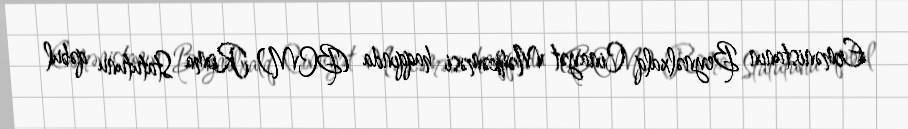
Ermənistanın Beynəlxalq Cinayət Məhkəməsi haqqında (BCM) Roma Statutunu qəbul